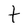
Character: t